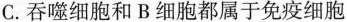
C.吞噬细胞和B细胞都属于免疫细胞